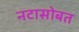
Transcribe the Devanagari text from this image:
नटासोबत